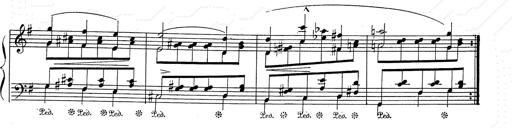
Title: 6 Polish Songs
Composer: Franz Liszt